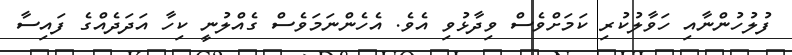
ފުލުހުންނާއި ހަވާލުކުރި ކަމަށްވެސް ވިދާޅުވި އެވެ. އެހެންނަމަވެސް ގެއްލުނީ ކިހާ އަދަދެއްގެ ފައިސާ